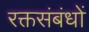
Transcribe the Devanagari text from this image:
रक्तसंबंधों